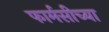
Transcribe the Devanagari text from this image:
फार्मसीच्या